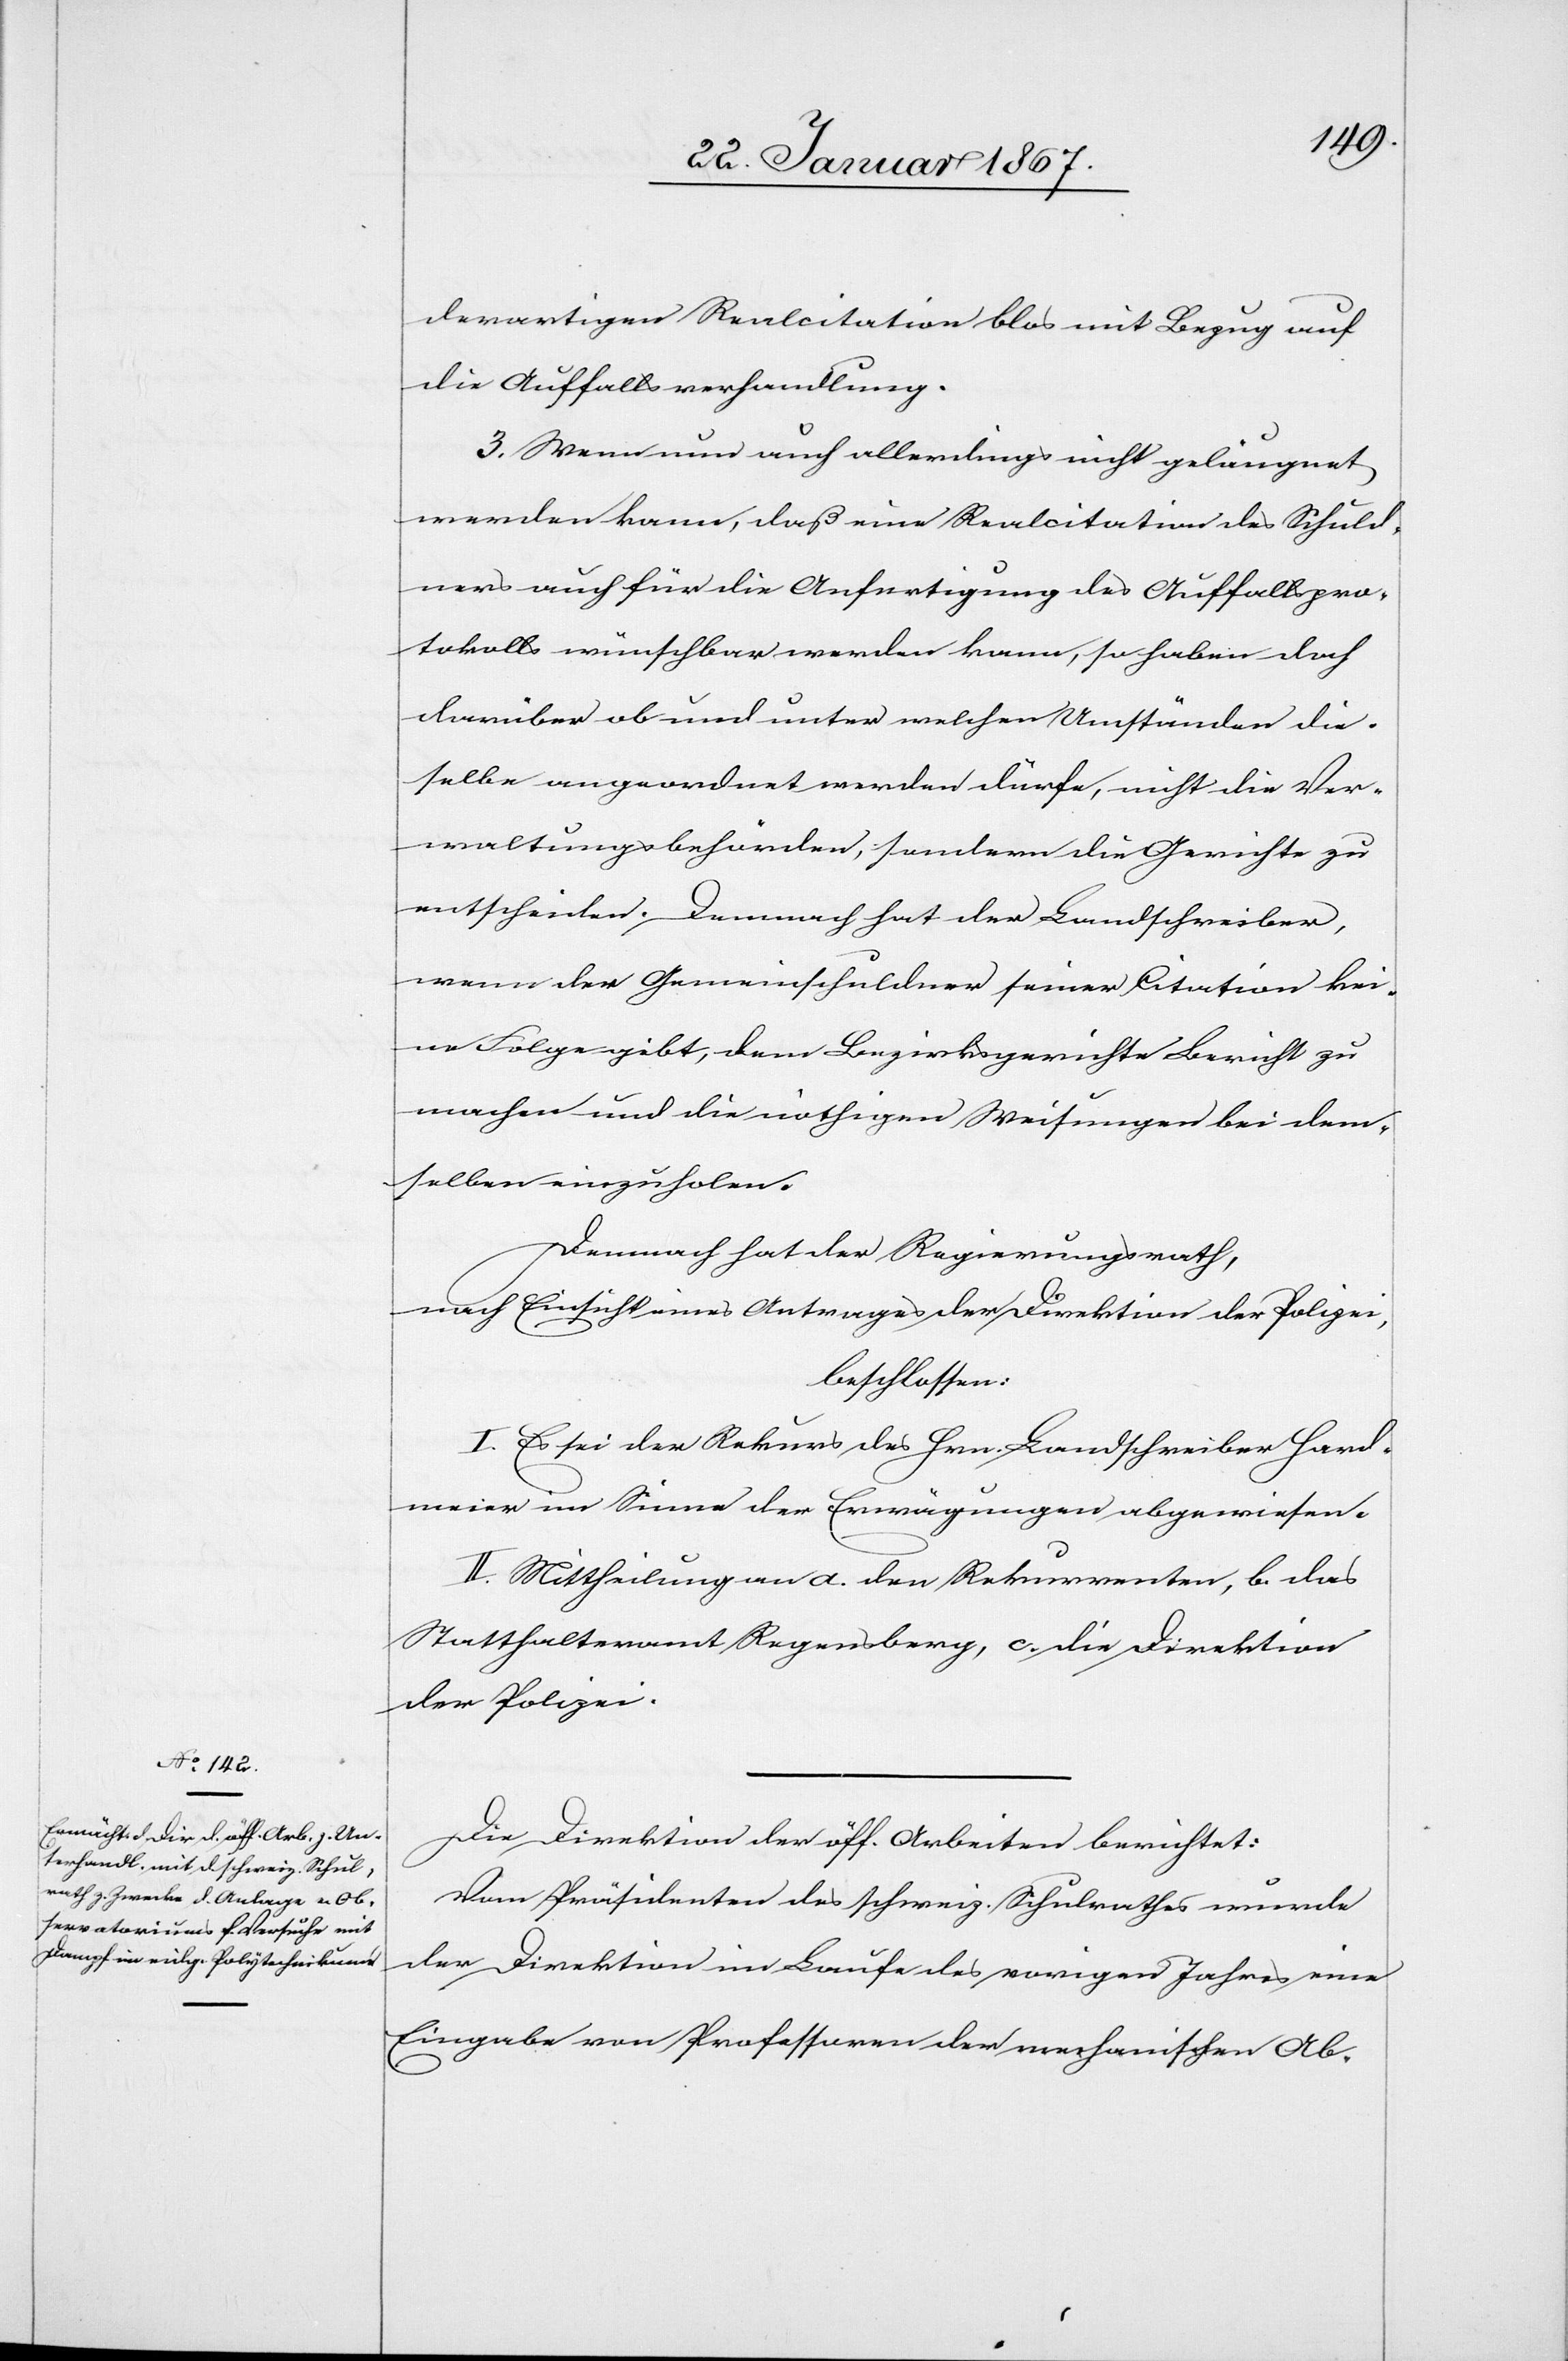
derartigen Realcitation blos mit Bezug auf
die Auffallsverhandlung.
3. Wenn nun auch allerdings nicht geläugnet
werden kann, daß eine Realcitation des Schuld¬
ners auch für die Anfertigung des Auffallspro¬
tokolls wünschbar werden kann, so haben doch
darüber ob und unter welchen Umständen die¬
selbe angeordnet werden dürfe, nicht die Ver¬
waltungsbehörden, sondern die Gerichte zu
entscheiden. Demnach hat der Landschreiber,
wenn der Gemeinschuldner seiner Citation kei¬
ne Folge gibt, dem Bezirksgerichte Bericht zu
machen und die nöthigen Weisungen bei dem¬
selben einzuholen.
Demnach hat der Regierungsrath,
nach Einsicht eines Antrages der Direktion der Polizei,
beschlossen:
I. Es sei der Rekurs des Hrn. Landschreiber Hard¬
meier im Sinne der Erwägungen abgewiesen.
II. Mittheilung an a. den Rekurrenten, b das
Statthalteramt Regensberg, c. die Direktion
der Polizei.
Die Direktion der öff. Arbeiten berichtet:
Vom Präsidenten des schweiz. Schulrathes wurde
der Direktion im Laufe des vorigen Jahres eine
Eingabe von Professoren der mechanischen Ab-